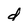
Character: d